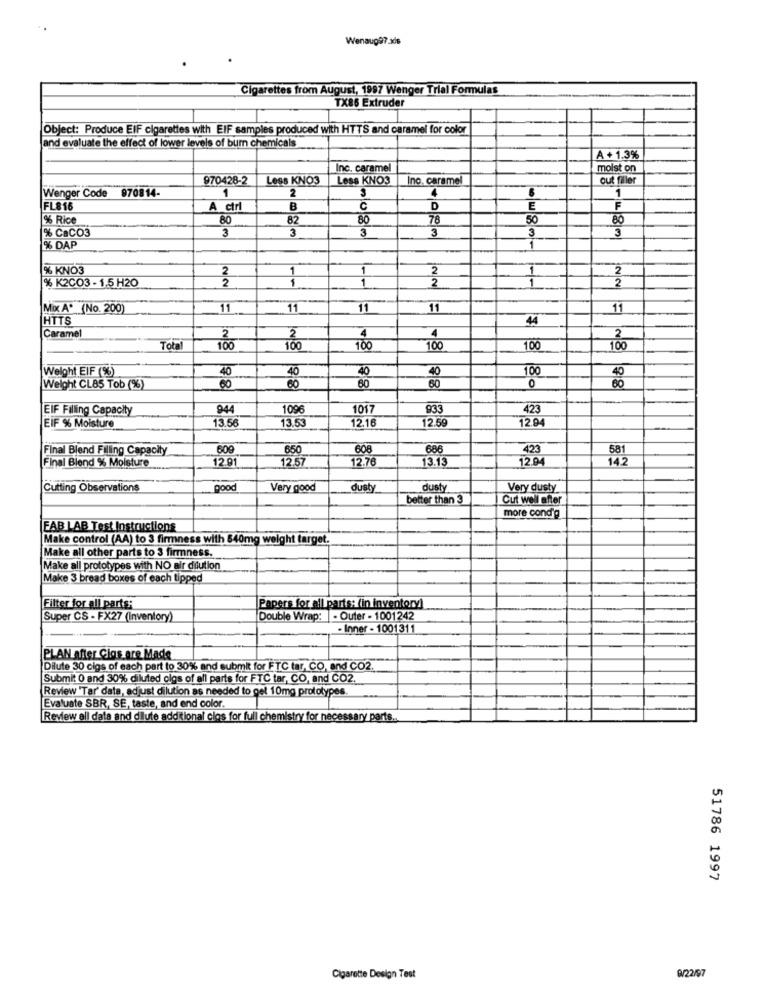
Wenaug97 xds
Cigarettes from August, 1997 Wenger Trial Formulas
TX86 Extruder
Object: Produce EIF cigarettes with EIF samples produced with HTTS and caramel for color
and evaluate the effect of lower levels of burn chemicals
A + 1.3%
Inc. caramel
moist on
970428-2
Less KNO3
Less KNO3
Ino. caramel
out filler
Wenger Code 970814-
1
2
4
1
FL816
A ctrl
B
C
D
E
F
% Rice
80
82
80
78
50
80
% CaCO3
3
3
3
3
3
3
% DAP
1
% KNO3
2
1
1
2
% K2CO3 - 1.5 H2O
2
1
2
1
2
1
2
Mix A. (No. 200)
11
11
11
11
11
HTTS
4
Caramel
2
4
2
4
2
Tota
100
100
100
100
100
Weight EIF (%)
40
40
40
40
100
40
Weight CL85 Tob (%)
60
60
80
80
0
80
EIF Filling Capacity
944
1096
1017
933
423
EIF % Moisture
13.56
13.53
12.16
2.59
12.94
Final Blend Filling Capacity
609
650
608
686
423
581
Final Blend % Moisture
12.91
12.57
12.76
13.13
12.94
142
Cutting Observations
Very good
dusty
dusty
Very dusty
better than 3
Cut well after
more cond'g
FAB LAB Test Instructions
Make control (AA) to 3 firmness with 840mg weight target.
Make all other parts to 3 firmness.
Make all prototypes with NO air dilution
Make 3 bread boxes of each tipped
Filter for all parts;
Papers for all parts: (in inventory)
Super CS - FX27 (Inventory)
Double Wrap: - Outer - 1001242
- Inner - 1001311
PLAN after Cias are Made
Dilute 30 cigs of each part to 30% and submit for FTC tar, CO, and CO2.
Submit O and 30% diluted cigs of all parts for FTC tar, CO, and CO2.
Review 'Tar' data, adjust dilution as needed to get 10mg prototypes.
Evaluate SBR, SE, taste, and end color.
Review all data and dilute additional cios for full chemistry for necessary parts.
51786 1997
Cigarette Design Test
9/22/97